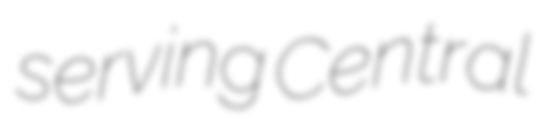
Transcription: serving Central